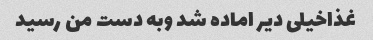
غذاخیلی دیر اماده شد وبه دست من رسید